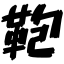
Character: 鞄